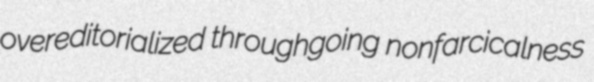
overeditorialized throughgoing nonfarcicalness